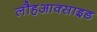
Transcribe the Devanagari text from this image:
लौहआक्साइड